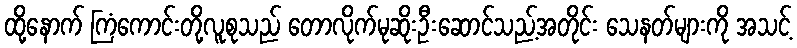
ထို့နောက် ကြံကောင်းတို့လူစုသည် တောလိုက်မုဆိုးဦးဆောင်သည့်အတိုင်း သေနတ်များကို အသင့်